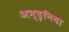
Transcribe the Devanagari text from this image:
अन्दृनिया